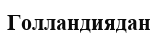
Голландиядан